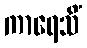
ကာရေသိံ